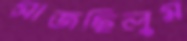
সাজছিলুম